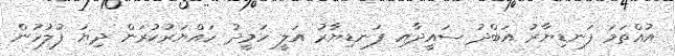
އުއްތަމަ ފަނޑިޔާރު އަބްދު ސައީދާއި ފަނޑިޔާރު އަލީ ހަމީދު ހައްޔަރުކުރަން ދިޔަ ފުލުހުން